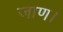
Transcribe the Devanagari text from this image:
जाण।